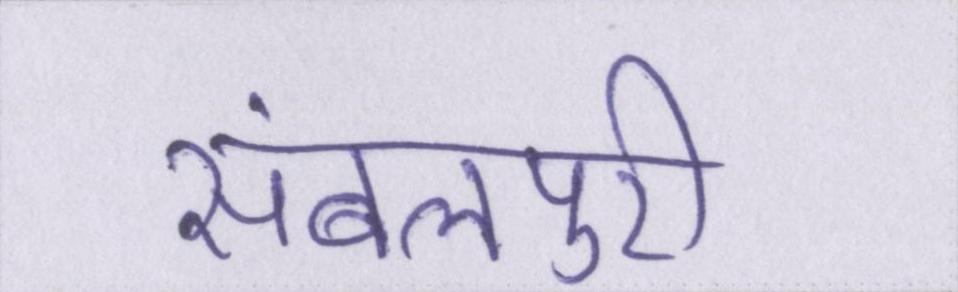
संबलपुरी